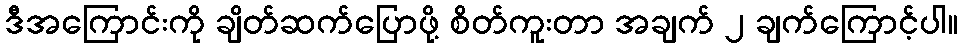
ဒီအကြောင်းကို ချိတ်ဆက်ပြောဖို့ စိတ်ကူးတာ အချက် ၂ ချက်ကြောင့်ပါ။